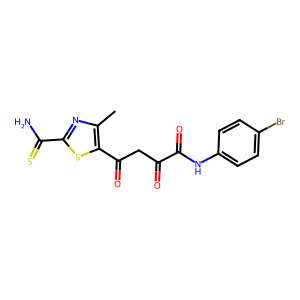
SMILES: Cc1nc(C(N)=S)sc1C(=O)CC(=O)C(=O)Nc1ccc(Br)cc1
Inhibits HIV replication: No